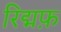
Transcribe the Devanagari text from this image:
रिद्मफ़